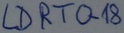
Text: LDRTO-18